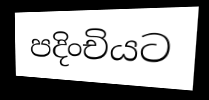
පදිංචියට